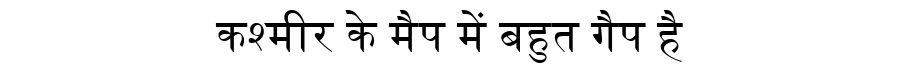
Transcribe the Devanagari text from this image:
कश्मीर के मैप में बहुत गैप है